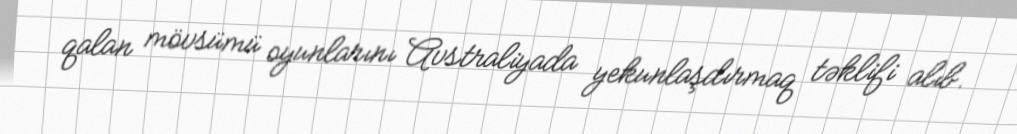
qalan mövsümü oyunlarını Avstraliyada yekunlaşdırmaq təklifi alıb.